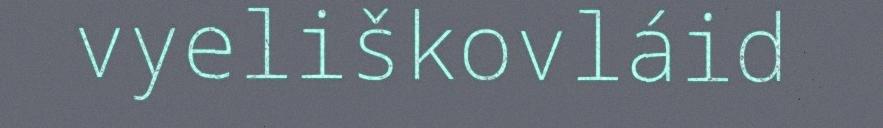
vyeliškovláid